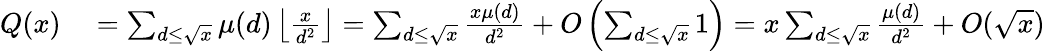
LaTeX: \begin{array}{rl}{Q(x)}&{{}=\sum_{d\leq{\sqrt{x}}}\mu(d)\left\lfloor{\frac{x}{d^{2}}}\right\rfloor=\sum_{d\leq{\sqrt{x}}}{\frac{x\mu(d)}{d^{2}}}+O\left(\sum_{d\leq{\sqrt{x}}}1\right)=x\sum_{d\leq{\sqrt{x}}}{\frac{\mu(d)}{d^{2}}}+O({\sqrt{x}})}\end{array}